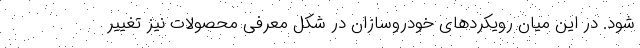
شود. در این میان رویکردهای خودروسازان در شکل معرفی محصولات نیز تغییر